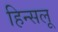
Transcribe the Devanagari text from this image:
हिन्सलू